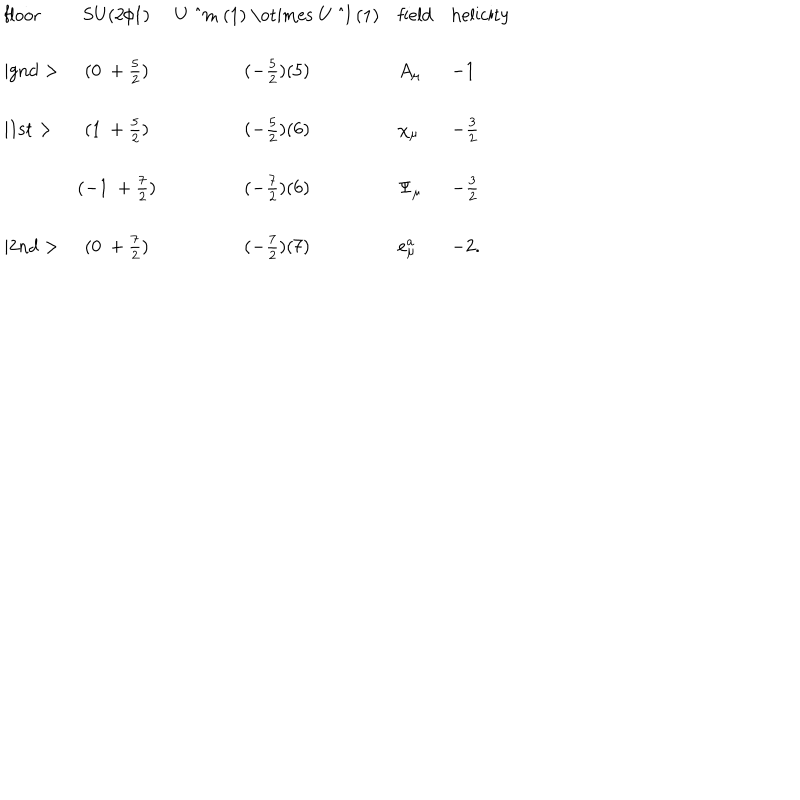
LaTeX: \begin{array} { l c c l l } { { \mathrm { f l o o r } } } & { { \mathrm { S U ( 2 / 1 ) } } } & { { \mathrm { U ~ ^ { m } ~ ( 1 ) ~ \otimes ~ U ~ ^ { l } ~ ( 1 ) } } } & { { \mathrm { f i e l d } } } & { { \mathrm { h e l i c i t y } } } \\ { { \mid \mathrm { g n d } > } } & { { ( 0 ~ + \frac { 5 } { 2 } ) } } & { { ( - \frac { 5 } { 2 } ) ( 5 ) } } & { { A _ { \mu } } } & { { - 1 } } \\ { { \mid \mathrm { 1 s t } > } } & { { ( 1 ~ + \frac { 5 } { 2 } ) } } & { { ( - \frac { 5 } { 2 } ) ( 6 ) } } & { { \chi _ { \mu } } } & { { - \frac { 3 } { 2 } } } \\ { { } } & { { ( - 1 ~ + \frac { 7 } { 2 } ) } } & { { ( - \frac { 7 } { 2 } ) ( 6 ) } } & { { \Psi _ { \mu } } } & { { - \frac { 3 } { 2 } } } \\ { { \mid \mathrm { 2 n d } > } } & { { ( 0 ~ + \frac { 7 } { 2 } ) } } & { { ( - \frac { 7 } { 2 } ) ( 7 ) } } & { { e _ { \mu } ^ { a } } } & { { - 2 . } } \\ \end{array}